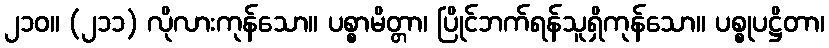
၂၁၀။ (၂၁၁) လိုလားကုန်သော။ ပစ္စာမိတ္တာ၊ ပြိုင်ဘက်ရန်သူရှိကုန်သော။ ပစ္စုပဋ္ဌိတာ၊